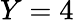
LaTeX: Y=4